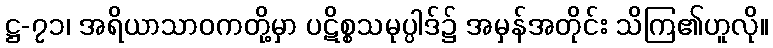
ဋ္ဌ-၇၁၊ အရိယာသာဝကတို့မှာ ပဋိစ္စသမုပ္ပါဒ်၌ အမှန်အတိုင်း သိကြ၏ဟူလို။